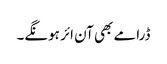
ڈرامے بھی آن ائر ہونگے۔